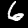
Digit: 6